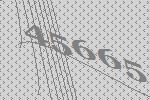
45665